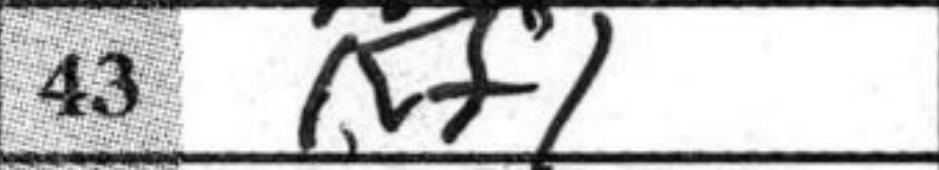
Transcription: Kf1